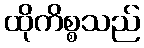
ထိုကိစ္စသည်